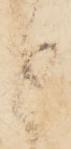
と